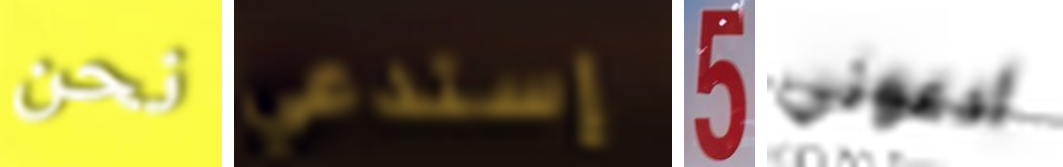
نحن إستدعي 5 ادعوني